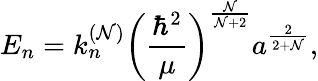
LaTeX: E_{n}=k_{n}^{(\mathcal{N})}\left(\frac{{\hbar^{2}}}{\mu}\right)^{\frac{\mathcal{N}}{{\mathcal{N}+2}}}a^{\frac{2}{{2+\mathcal{N}}}},